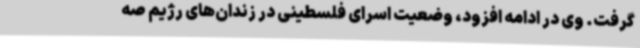
گرفت. وی در ادامه افزود، وضعیت اسرای فلسطینی در زندان‌های رژیم صه